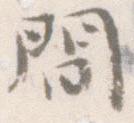
間